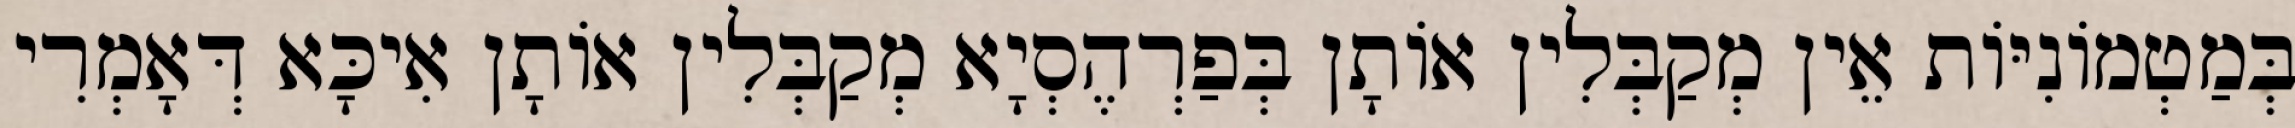
בְּמַטְמוֹנִיּוֹת אֵין מְקַבְּלִין אוֹתָן בְּפַרְהֶסְיָא מְקַבְּלִין אוֹתָן אִיכָּא דְּאָמְרִי